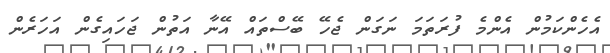
އެހެންކަމުން އެންމެ ފުރަތަމަ ނަގަން ޖެހޭ ބޭސްތައް އޭނާ އަތުން ޖަހައިގެން އަހަރެން